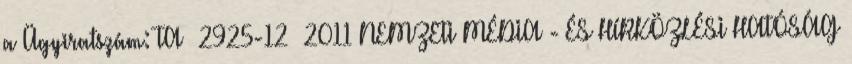
a Ügyiratszám: TA 2925-12 2011 NEMZETI MÉDIA - ÉS HÍRKÖZLÉSI HATÓSÁG